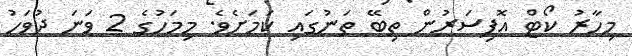
މިހާރު ކޯޓް އޮފިސަރުން ތިބޭ ތަނުގައި ކަމަށެވެ. މިމަހުގެ 2 ވަނަ ދުވަހު